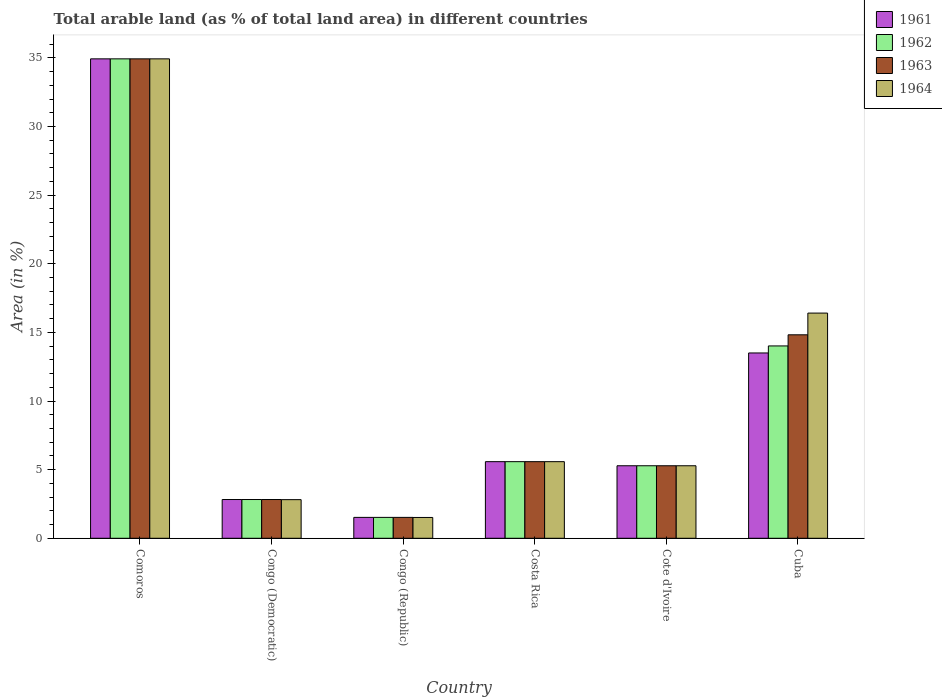
| Country | 1961 | 1962 | 1963 | 1964 |
 | --- | --- | --- | --- | --- |
 | Comoros | 34.9 | 34.9 | 34.9 | 34.9 |
 | Congo (Democratic) | 2.82 | 2.82 | 2.82 | 2.81 |
 | Congo (Republic) | 1.52 | 1.52 | 1.52 | 1.52 |
 | Costa Rica | 5.58 | 5.58 | 5.58 | 5.58 |
 | Cote d'Ivoire | 5.28 | 5.28 | 5.28 | 5.28 |
 | Cuba | 13.5 | 14 | 14.8 | 16.4 |